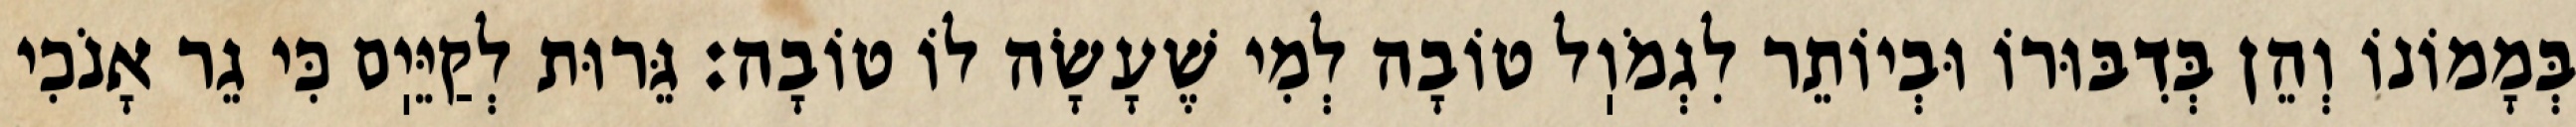
בְּמָמוֹנוֹ וְהֵן בְּדִבּוּרוֹ וּבְיוֹתֵר לִגְמֹוֽל טוֹבָה לְמִי שֶׁעָשָׂה לוֹ טוֹבָה: גֵּרוּת לְקַיֵּיֽם כִּי גֵר אָנֹכִי